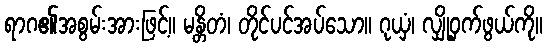
ရာဂ၏အစွမ်းအားဖြင့်။ မန္တိတံ၊ တိုင်ပင်အပ်သော။ ဂုယှံ၊ လျှို့ဝှက်ဖွယ်ကို။